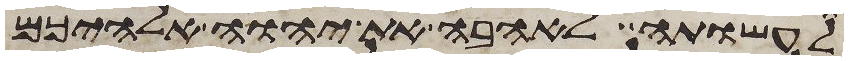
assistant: לעשותה לאהבה את יהוה אלהיכם